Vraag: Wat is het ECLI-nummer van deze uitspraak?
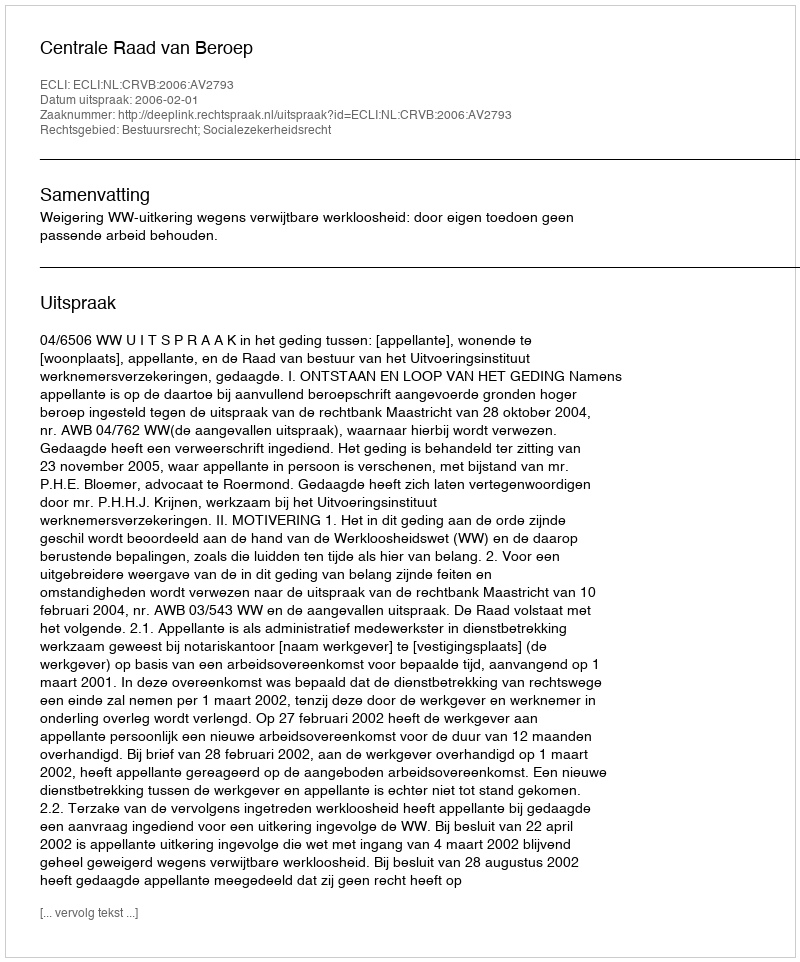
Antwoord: ECLI:NL:CRVB:2006:AV2793